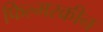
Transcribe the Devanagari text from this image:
फिल्मस्क्रीन